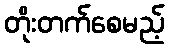
တိုးတက်စေမည့်